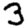
Digit: 3